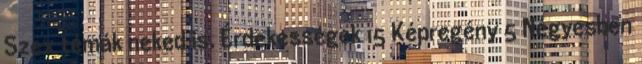
Szex témák neked is. Érdekességek 15 Képregény 5 Négyesben